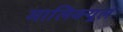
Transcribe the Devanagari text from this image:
मालिक्यूल